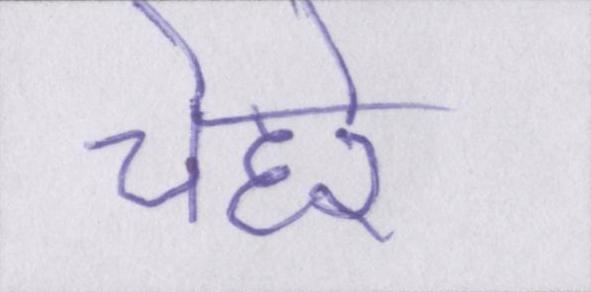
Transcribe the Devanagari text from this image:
चेहरे